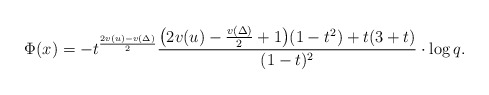
\begin{align*} \Phi(x)=-t^{\frac{2v(u)-v(\Delta)}{2}} \frac{\bigl( 2v(u)-\frac{v(\Delta)}{2}+1\bigr) (1-t^2)+ t(3+ t)}{(1 - t)^2}\cdot \log q.\end{align*}